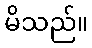
မိသည်။